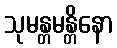
သုမန္တမန္တိနော